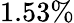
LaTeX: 1.53\%